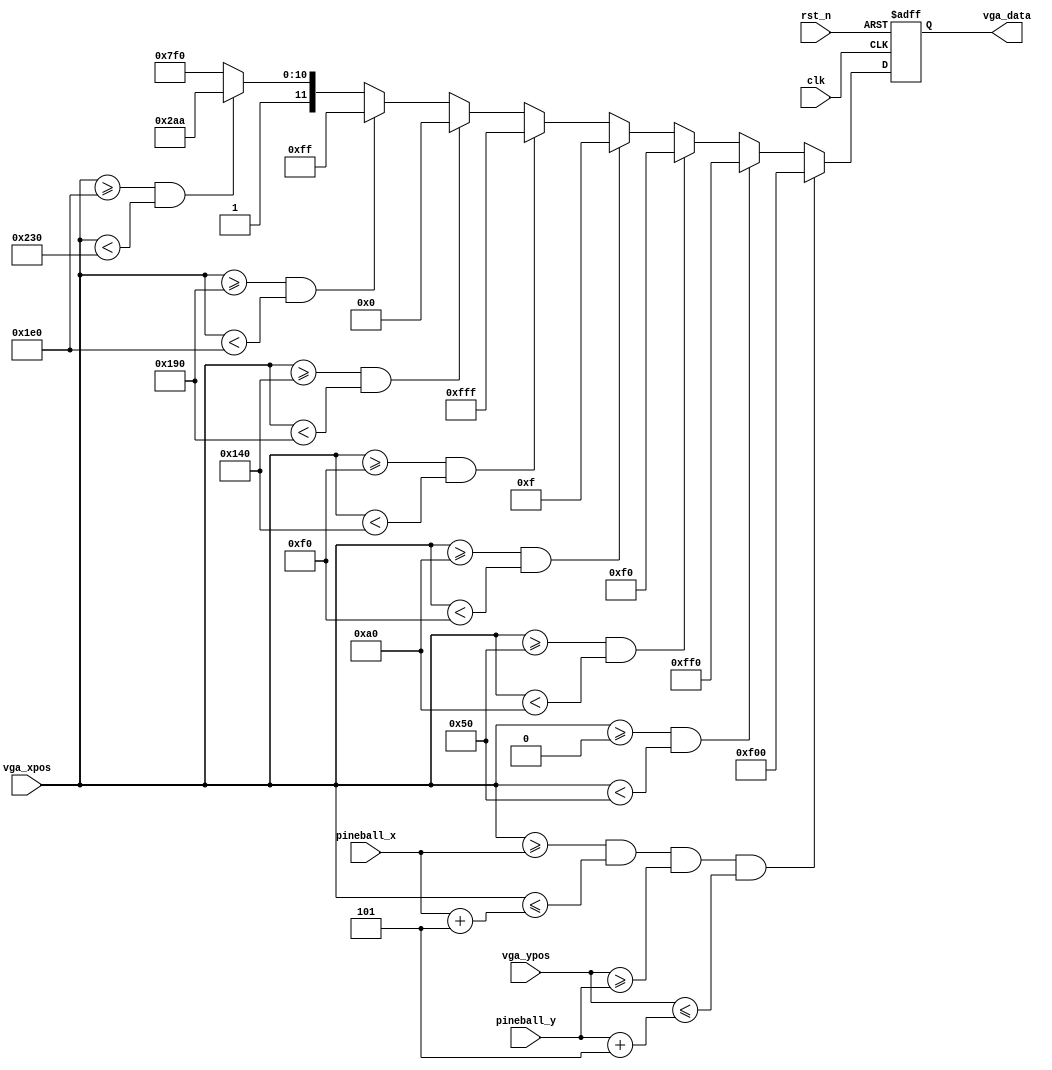
//a frame render for vga display basing on the xpos and y pos
module vga_display
#(
	parameter	H_DISP 	=	10'd640,
	parameter	V_DISP 	=	10'd480 
)
(
	//control signals 
	input				clk, //clock signal
	input   			rst_n, //reset when the signal is low
	//vga interface
	input		[9:0]	vga_xpos, //input the position of the pixel
	input 		[9:0] 	vga_ypos,
	output 	reg	[11:0] 	vga_data, //output data to display
	//position data
	input [9:0] pineball_x, //position data
	input [9:0] pineball_y //position data
);

//some colors definitions
localparam RED     	 =	12'hF00;
localparam GREEN     = 	12'h0F0;
localparam BLUE      = 	12'h00F;  
localparam WHITE     = 	12'hFFF;  
localparam BLACK     = 	12'h000;  
localparam YELLOW    = 	12'h0FF;  
localparam CYAN      = 	12'haaa;  
localparam ROYAL     = 	12'hFF0;  

localparam SIZE 	 = 	3'd5;
//main loop to generate the pixel data
//update the pixel by the layer order
always@(posedge clk or negedge rst_n)
begin
	if(!rst_n)
		vga_data <= 12'h0;
	else
		begin
		//update the pineball
		if (vga_xpos >= pineball_x && vga_xpos<=pineball_x+SIZE&&vga_ypos >= pineball_y && vga_ypos<=pineball_y+SIZE)
			vga_data=RED;
		else if (vga_xpos >= 0 && vga_xpos < (H_DISP>>3))
			vga_data <= ROYAL;
		else if(vga_xpos >= (H_DISP>>3)*1 && vga_xpos < (H_DISP>>3)*2)
			vga_data <= GREEN;
		else if(vga_xpos >= (H_DISP>>3)*2 && vga_xpos < (H_DISP>>3)*3)
			vga_data <= BLUE;
		else if(vga_xpos >= (H_DISP>>3)*3 && vga_xpos < (H_DISP>>3)*4)
			vga_data <= WHITE;
		else if(vga_xpos >= (H_DISP>>3)*4 && vga_xpos < (H_DISP>>3)*5)
			vga_data <= BLACK;
		else if(vga_xpos >= (H_DISP>>3)*5 && vga_xpos < (H_DISP>>3)*6)
			vga_data <= YELLOW;
		else if(vga_xpos >= (H_DISP>>3)*6 && vga_xpos < (H_DISP>>3)*7)
			vga_data <= CYAN;
		else// if(vga_xpos >= (H_DISP<<3)*7 && vga_xpos < (H_DISP<<3)*8)
			vga_data <= ROYAL;
		end
end

//wire	[19:0]	vga_result = vga_xpos * vga_ypos;
//always@(posedge clk or negedge rst_n)
//begin
//	if(!rst_n)
//		vga_data <= 16'h0;
//	else
//		vga_data = vga_result[15:0];
//end


endmodule